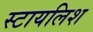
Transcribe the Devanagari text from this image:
स्टायलिश